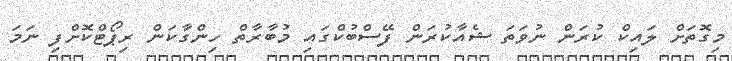
މިގޮތަށް ލައިކް ކުރަން ނުވަތަ ޝެއާކުރަން ފޭސްބުކްގައި މުބާރާތް ހިންގާކަން ރިޕޯޓްކޮށްފި ނަމަ